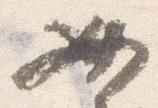
必